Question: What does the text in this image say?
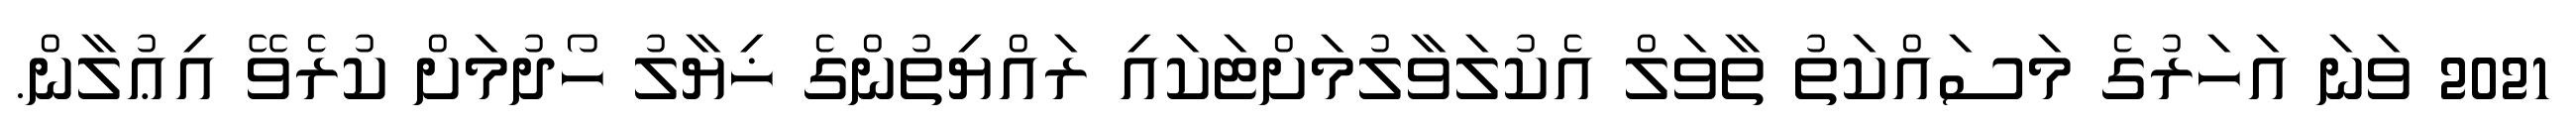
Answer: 2021 ވަނަ އަހަރުގެ މަސައްކަތު ތާވަލް އެކުލަވާލުމަށްޓަކައި ރައްޔިތުންގެ ޚިޔާލު ހޯދުމަށް ކުރެވޭ އިޢުލާން.